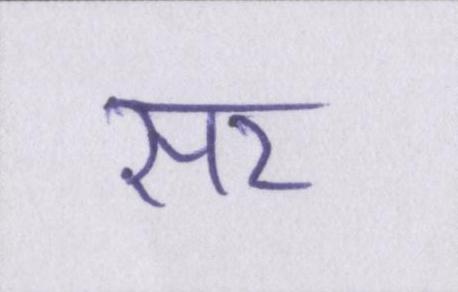
सर